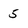
Character: 5